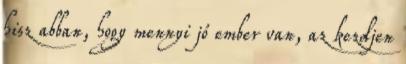
hisz abban, hogy mennyi jó ember van, az kezdjen